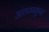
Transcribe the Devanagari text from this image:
अंतरस्कूल